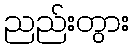
ညည်းတွား